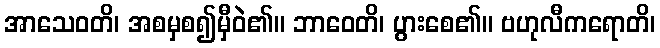
အာသေဝတိ၊ အစမှစ၍မှီဝဲ၏။ ဘာဝေတိ၊ ပွားစေ၏။ ဗဟုလီကရောတိ၊